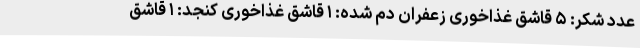
عدد شکر: ۵ قاشق غذاخوری زعفران دم شده: ۱ قاشق غذاخوری کنجد: ۱ قاشق